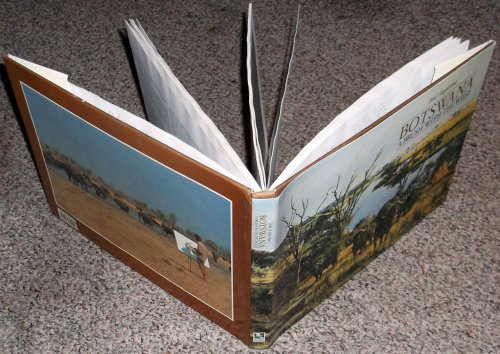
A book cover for Botswana: A Brush with the Wild; Paul Augustinus; Travel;